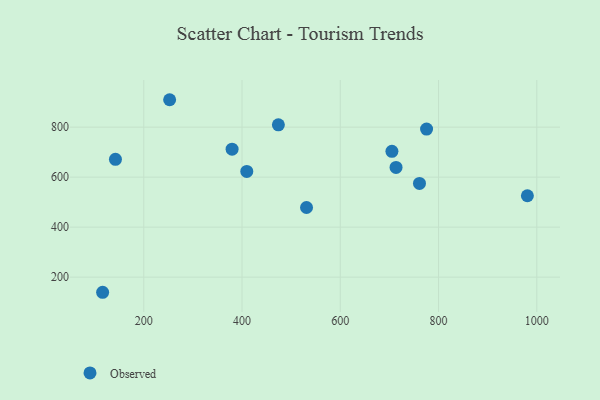
{"axis": {"x": "Distance", "y": "Demand"}, "legend": ["Observed"], "data": [{"x": "761.2", "y": 574.8, "type": "Observed"}, {"x": "409.7", "y": 622.8, "type": "Observed"}, {"x": "705.1", "y": 703.3, "type": "Observed"}, {"x": "116.3", "y": 139.6, "type": "Observed"}, {"x": "980.8", "y": 525.6, "type": "Observed"}, {"x": "379.8", "y": 712.0, "type": "Observed"}, {"x": "252.7", "y": 909.7, "type": "Observed"}, {"x": "474.0", "y": 809.2, "type": "Observed"}, {"x": "142.4", "y": 671.4, "type": "Observed"}, {"x": "531.3", "y": 478.6, "type": "Observed"}, {"x": "713.5", "y": 639.0, "type": "Observed"}, {"x": "775.6", "y": 792.3, "type": "Observed"}]}